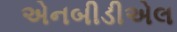
એનબીડીએલ